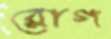
রোগ